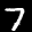
Label: 7